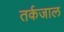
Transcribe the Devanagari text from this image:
तर्कजाल